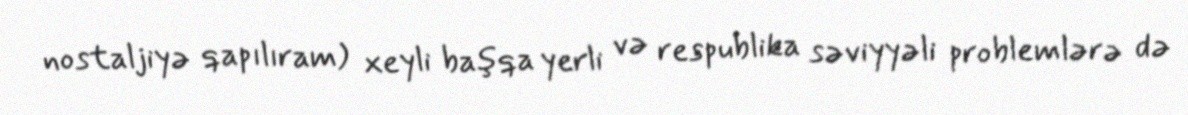
nostaljiyə qapılıram) xeyli başqa yerli və respublika səviyyəli problemlərə də